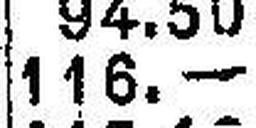
116.—